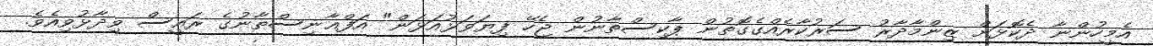
އެމީހުންނާ ދެކޮޅަށް ޒިންމާދާރު ސަރުކާރެއްގެގޮތުން ޕާކިސްތާނުން ޖެހޭ ފިޔަވަޅުއަޅަން" އަފްޣާނިސްތާނުގެ ރައީސް ވިދާޅުވިއެވެ.